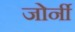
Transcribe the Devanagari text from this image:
जोर्नी